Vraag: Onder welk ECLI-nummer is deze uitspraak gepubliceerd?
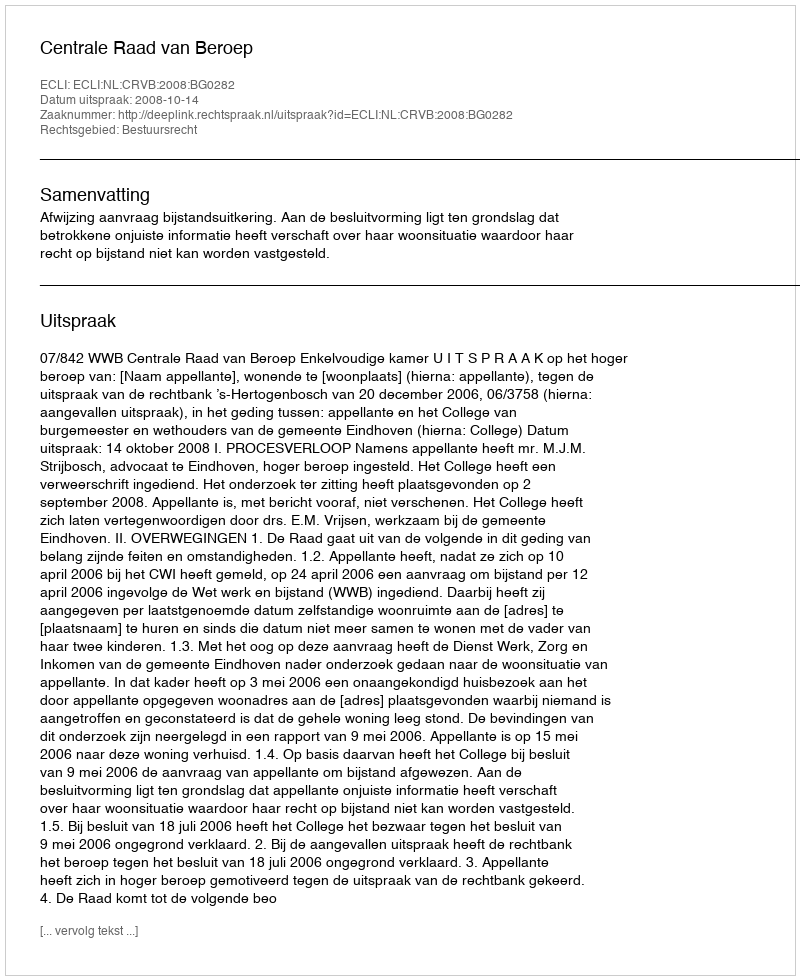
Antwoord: ECLI:NL:CRVB:2008:BG0282